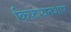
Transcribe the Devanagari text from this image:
किफ़ायतशार